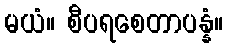
မယံ။ စီပရစေတာပန္နံ။